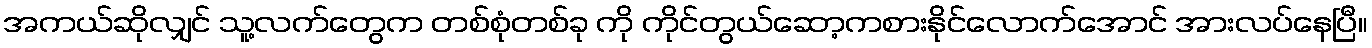
အကယ်ဆိုလျှင် သူ့လက်တွေက တစ်စုံတစ်ခု ကို ကိုင်တွယ်ဆော့ကစားနိုင်လောက်အောင် အားလပ်နေပြီ။